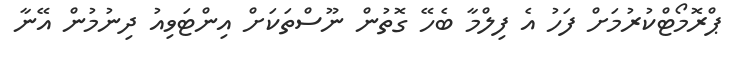
ޕްރޮމޯޓްކުރުމަށް ފަހު އެ ފިލްމާ ބެހޭ ގޮތުން ނޫސްތަކަށް އިންޓަވިއު ދިނުމުން އޭނާ